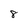
Character: 8